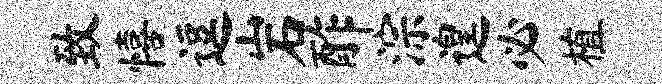
致僖逗岩酢淙遑必植